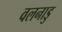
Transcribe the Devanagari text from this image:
वलनाडु